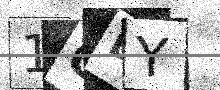
Text: 1OEY